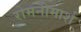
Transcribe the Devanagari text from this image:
रोमनीमार्श